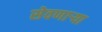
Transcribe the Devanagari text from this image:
सेवणाऱ्या